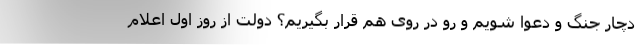
دچار جنگ و دعوا شویم و رو در روی هم قرار بگیریم؟ دولت از روز اول اعلام